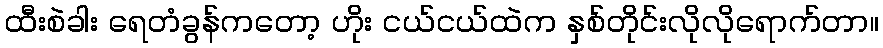
ထီးစဲခါး ရေတံခွန်ကတော့ ဟိုး ငယ်ငယ်ထဲက နှစ်တိုင်းလိုလိုရောက်တာ။